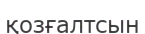
қозғалтсын